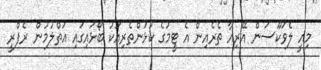
މިއީ ލެވަކޫސަން އޭރިއާ ތެރެއިން އެ ޓީމުގެ ކުޅުންތެރިއަކު ބޯޅައިގައި އަތްލުމުން ރެފްރީ